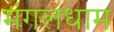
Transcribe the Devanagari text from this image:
मंगलधाम